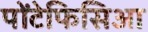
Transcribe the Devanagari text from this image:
पोंटेफिसिआ